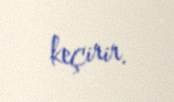
keçirir.